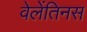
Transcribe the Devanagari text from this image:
वेलेंतिनस